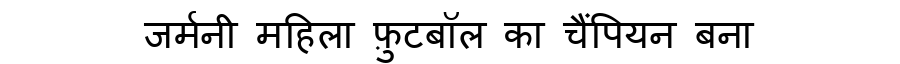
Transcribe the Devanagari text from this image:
जर्मनी महिला फ़ुटबॉल का चैंपियन बना